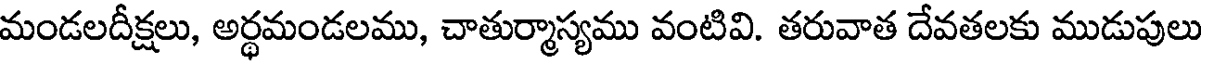
మండలదీక్షలు, అర్థమండలము, చాతుర్మాస్యము వంటివి. తరువాత దేవతలకు ముడుపులు